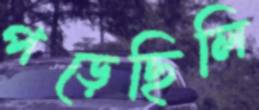
পড়েছিলি